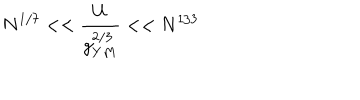
N ^ { 1 / 7 } < < \frac { U } { g _ { Y M } ^ { 2 / 3 } } < < N ^ { 1 / 3 }